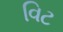
વિટ